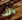
ذلك